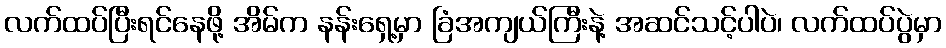
လက်ထပ်ပြီးရင်နေဖို့ အိမ်က နန်းရှေ့မှာ ခြံအကျယ်ကြီးနဲ့ အဆင်သင့်ပါပဲ၊ လက်ထပ်ပွဲမှာ